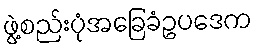
ဖွဲ့စည်းပုံအခြေခံဥပဒေက